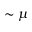
\sim \mu